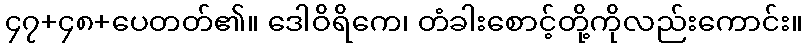
၄၇+၄၈+ပေတတ်၏။ ဒေါဝိရိကေ၊ တံခါးစောင့်တို့ကိုလည်းကောင်း။